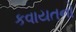
કવાયતનો